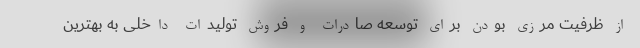
از ظرفیت مرزی بودن برای توسعه صادرات و فروش تولیدات داخلی به بهترین